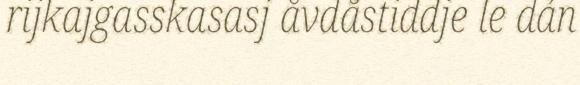
rijkajgasskasasj åvdåstiddje le dán